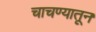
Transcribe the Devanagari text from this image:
चाचण्यातून